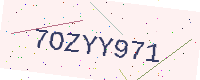
Text: 7OZYY971